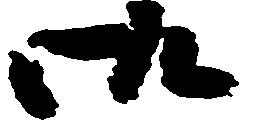
御